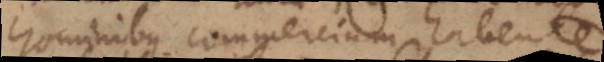
hominibus commercium habente